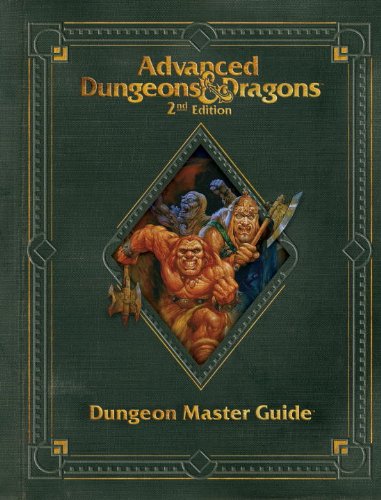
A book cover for Premium 2nd Edition Advanced Dungeons & Dragons Dungeon Master's Guide (D&D Core Rulebook); Wizards RPG Team; Science Fiction & Fantasy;